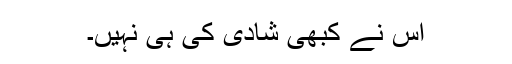
اس نے کبھی شادی کی ہی نہیں۔